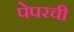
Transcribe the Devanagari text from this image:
पेपरची